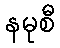
နမုစီ